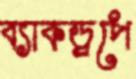
ব্যাকড্রপে